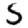
Digit: 5